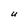
Character: U